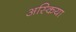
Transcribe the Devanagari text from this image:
अस्किया